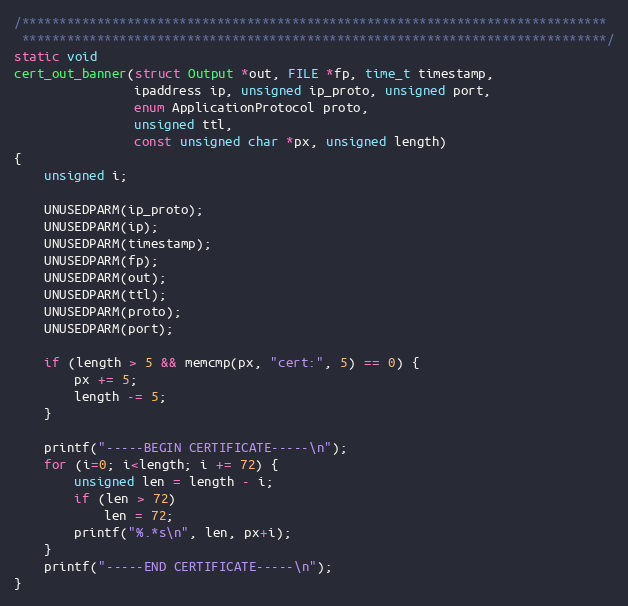
Language: C
/******************************************************************************
 ******************************************************************************/
static void
cert_out_banner(struct Output *out, FILE *fp, time_t timestamp,
                ipaddress ip, unsigned ip_proto, unsigned port,
                enum ApplicationProtocol proto,
                unsigned ttl,
                const unsigned char *px, unsigned length)
{
    unsigned i;

    UNUSEDPARM(ip_proto);
    UNUSEDPARM(ip);
    UNUSEDPARM(timestamp);
    UNUSEDPARM(fp);
    UNUSEDPARM(out);
    UNUSEDPARM(ttl);
    UNUSEDPARM(proto);
    UNUSEDPARM(port);

    if (length > 5 && memcmp(px, "cert:", 5) == 0) {
        px += 5;
        length -= 5;
    }

    printf("-----BEGIN CERTIFICATE-----\n");
    for (i=0; i<length; i += 72) {
        unsigned len = length - i;
        if (len > 72)
            len = 72;
        printf("%.*s\n", len, px+i);
    }
    printf("-----END CERTIFICATE-----\n");
}